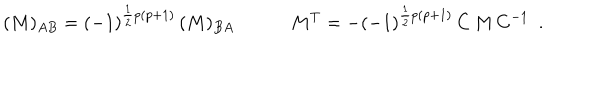
( M ) _ { A B } = ( - 1 ) ^ { \frac { 1 } { 2 } p ( p + 1 ) } \, ( M ) _ { B A } \qquad \quad M ^ { T } = - ( - 1 ) ^ { \frac { 1 } { 2 } p ( p + 1 ) } \, C \, M \, C ^ { - 1 } \ \ .